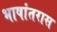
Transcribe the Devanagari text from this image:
भाषांतरास